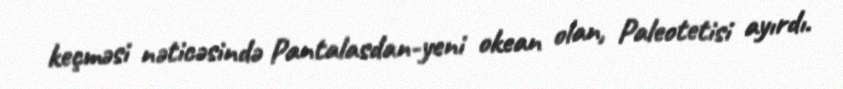
keçməsi nəticəsində Pantalasdan-yeni okean olan, Paleotetisi ayırdı.